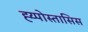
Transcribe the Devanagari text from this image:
ह्य्पोस्तासिस